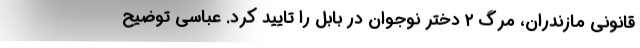
قانونی مازندران، مرگ ۲ دختر نوجوان در بابل را تایید کرد. عباسی توضیح